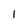
Character: 1